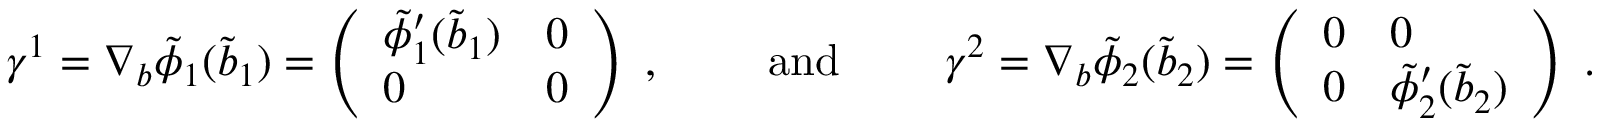
\begin{array} { r } { \gamma ^ { 1 } = \nabla _ { b } \tilde { \phi } _ { 1 } ( \tilde { b } _ { 1 } ) = \left( \begin{array} { l l } { \tilde { \phi } _ { 1 } ^ { \prime } ( \tilde { b } _ { 1 } ) } & { 0 } \\ { 0 } & { 0 } \end{array} \right) \; , \quad \quad \mathrm { ~ a n d ~ } \quad \quad \gamma ^ { 2 } = \nabla _ { b } \tilde { \phi } _ { 2 } ( \tilde { b } _ { 2 } ) = \left( \begin{array} { l l } { 0 } & { 0 } \\ { 0 } & { \tilde { \phi } _ { 2 } ^ { \prime } ( \tilde { b } _ { 2 } ) } \end{array} \right) \; . } \end{array}